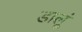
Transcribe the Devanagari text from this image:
डालूं